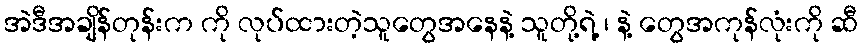
အဲဒီအချိန်တုန်းက ကို လုပ်ထားတဲ့သူတွေအနေနဲ့ သူတို့ရဲ့ ၊ နဲ့ တွေအကုန်လုံးကို ဆီ